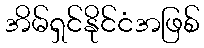
အိမ်ရှင်နိုင်ငံအဖြစ်